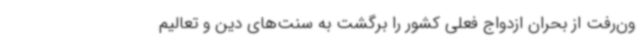
ون‌رفت از بحران ازدواج فعلی کشور را برگشت به سنت‌های دین و تعالیم